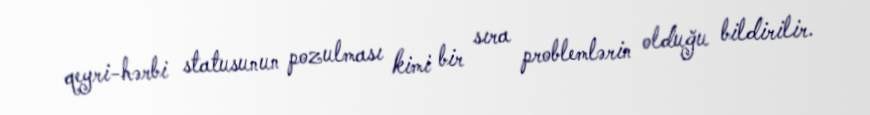
qeyri-hərbi statusunun pozulması kimi bir sıra problemlərin olduğu bildirilir.